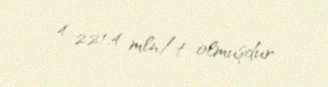
4 221,4 mln/t olmuşdur.